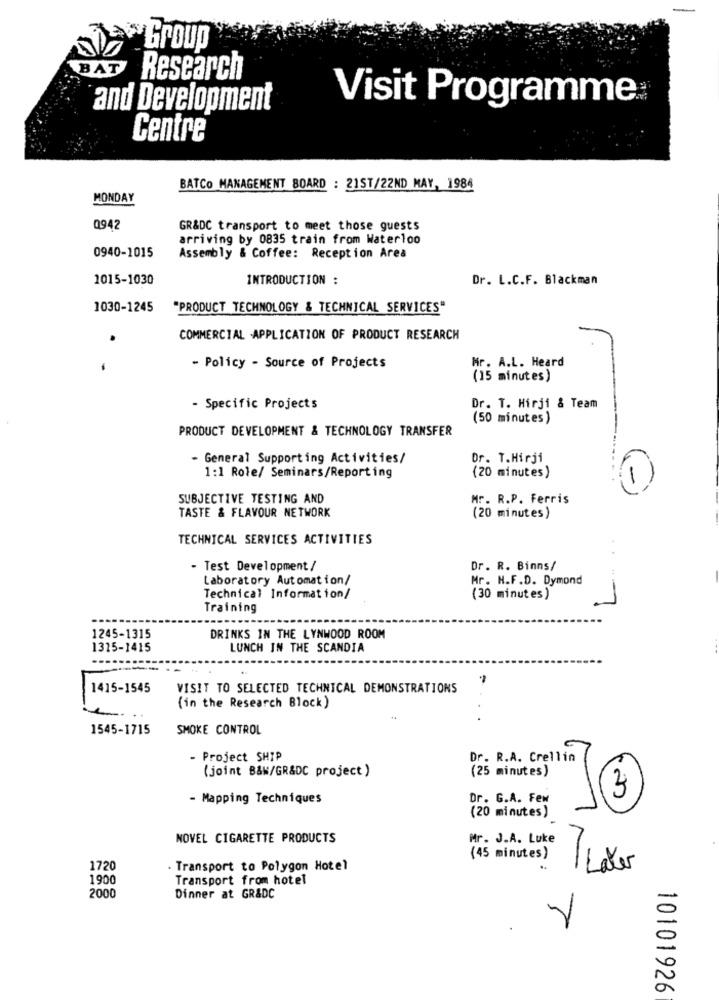
-
Group
BAT
Research
and Development
Visit Programme
Centre
BATCO MANAGEMENT BOARD : 21ST/22ND MAY, 1984
MONDAY
0942
GR&DC transport to meet those guests
arriving by 0835 train from Waterloo
0940-1015
Assembly & Coffee: Reception Area
1015-1030
INTRODUCTION :
Dr. L.C.F. Blackman
1030-1245
"PRODUCT TECHNOLOGY & TECHNICAL SERVICES"
COMMERCIAL .APPLICATION OF PRODUCT RESEARCH
Mr. A.L. Heard
-
- Policy - Source of Projects
(15 minutes)
- Specific Projects
Dr. T. Hirji & Team
(50 minutes)
PRODUCT DEVELOPMENT & TECHNOLOGY TRANSFER
- General Supporting Activities/
Dr. T.Hirji
1:1 Role/ Seminars/Reporting
(20 minutes)
SUBJECTIVE TESTING AND
Mr. R.P. Ferris
TASTE & FLAVOUR NETWORK
(20 minutes)
TECHNICAL SERVICES ACTIVITIES
..
- Test Development /
Dr. R. Binns/
Laboratory Automation/
Mr. H.F.D. Dymond
Technical Information/
(30 minutes)
Training
1245-1315
DRINKS IN THE LYNWOOD ROOM
1315-1415
LUNCH IN THE SCANDIA
-
1415-1545
VISIT TO SELECTED TECHNICAL DEMONSTRATIONS
(in the Research Block)
1545-1715
SMOKE CONTROL
- Project SHIP
Dr. R.A. Crellin
(joint B&W/GR&DC project )
(25 minutes)
- Mapping Techniques
Dr. G.A. Few
3
(20 minutes)
NOVEL CIGARETTE PRODUCTS
Mr. J.A. Luke
(45 minutes)
1720
Transport to Polygon Hotel
/ Laver
1900
Transport from hotel
2000
Dinner at GR&DC
Y
10101926